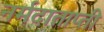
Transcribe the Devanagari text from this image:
नर्मदाताप्ती